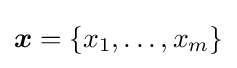
{\boldsymbol {x}}=\{x_{1},\ldots ,x_{m}\}